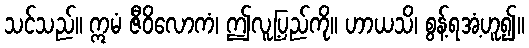
သင်သည်။ ဣမံ ဇီဝိလောကံ၊ ဤလူ့ပြည်ကို။ ဟာယသိ၊ စွန့်ရအံ့ဟူ၍။